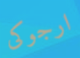
ارجوكى